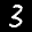
Label: 3